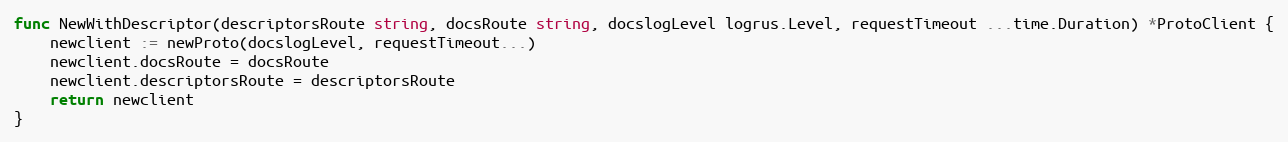
Language: Go
func NewWithDescriptor(descriptorsRoute string, docsRoute string, docslogLevel logrus.Level, requestTimeout ...time.Duration) *ProtoClient {
	newclient := newProto(docslogLevel, requestTimeout...)
	newclient.docsRoute = docsRoute
	newclient.descriptorsRoute = descriptorsRoute
	return newclient
}